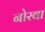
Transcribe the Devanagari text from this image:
नोरवा